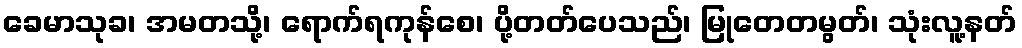
ခေမာသုခ၊ အမတသို့၊ ရောက်ရကုန်စေ၊ ပို့တတ်ပေသည်၊ မြုတေတမွတ်၊ သုံးလူ့နတ်